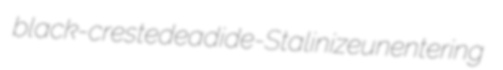
black-crested eadi de-Stalinize unentering